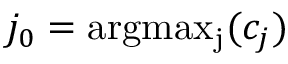
j _ { 0 } = \mathrm { a r g m a x _ { j } } ( c _ { j } )